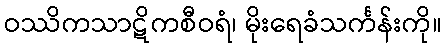
ဝဿိကသာဋိကစီဝရံ၊ မိုးရေခံသင်္ကန်းကို။